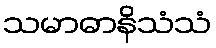
သမာဓာနိသံသံ